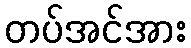
တပ်အင်အား